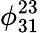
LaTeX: \phi_{31}^{23}